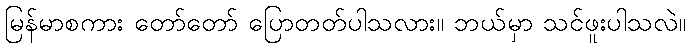
မြန်မာစကား တော်တော် ပြောတတ်ပါသလား။ ဘယ်မှာ သင်ဖူးပါသလဲ။